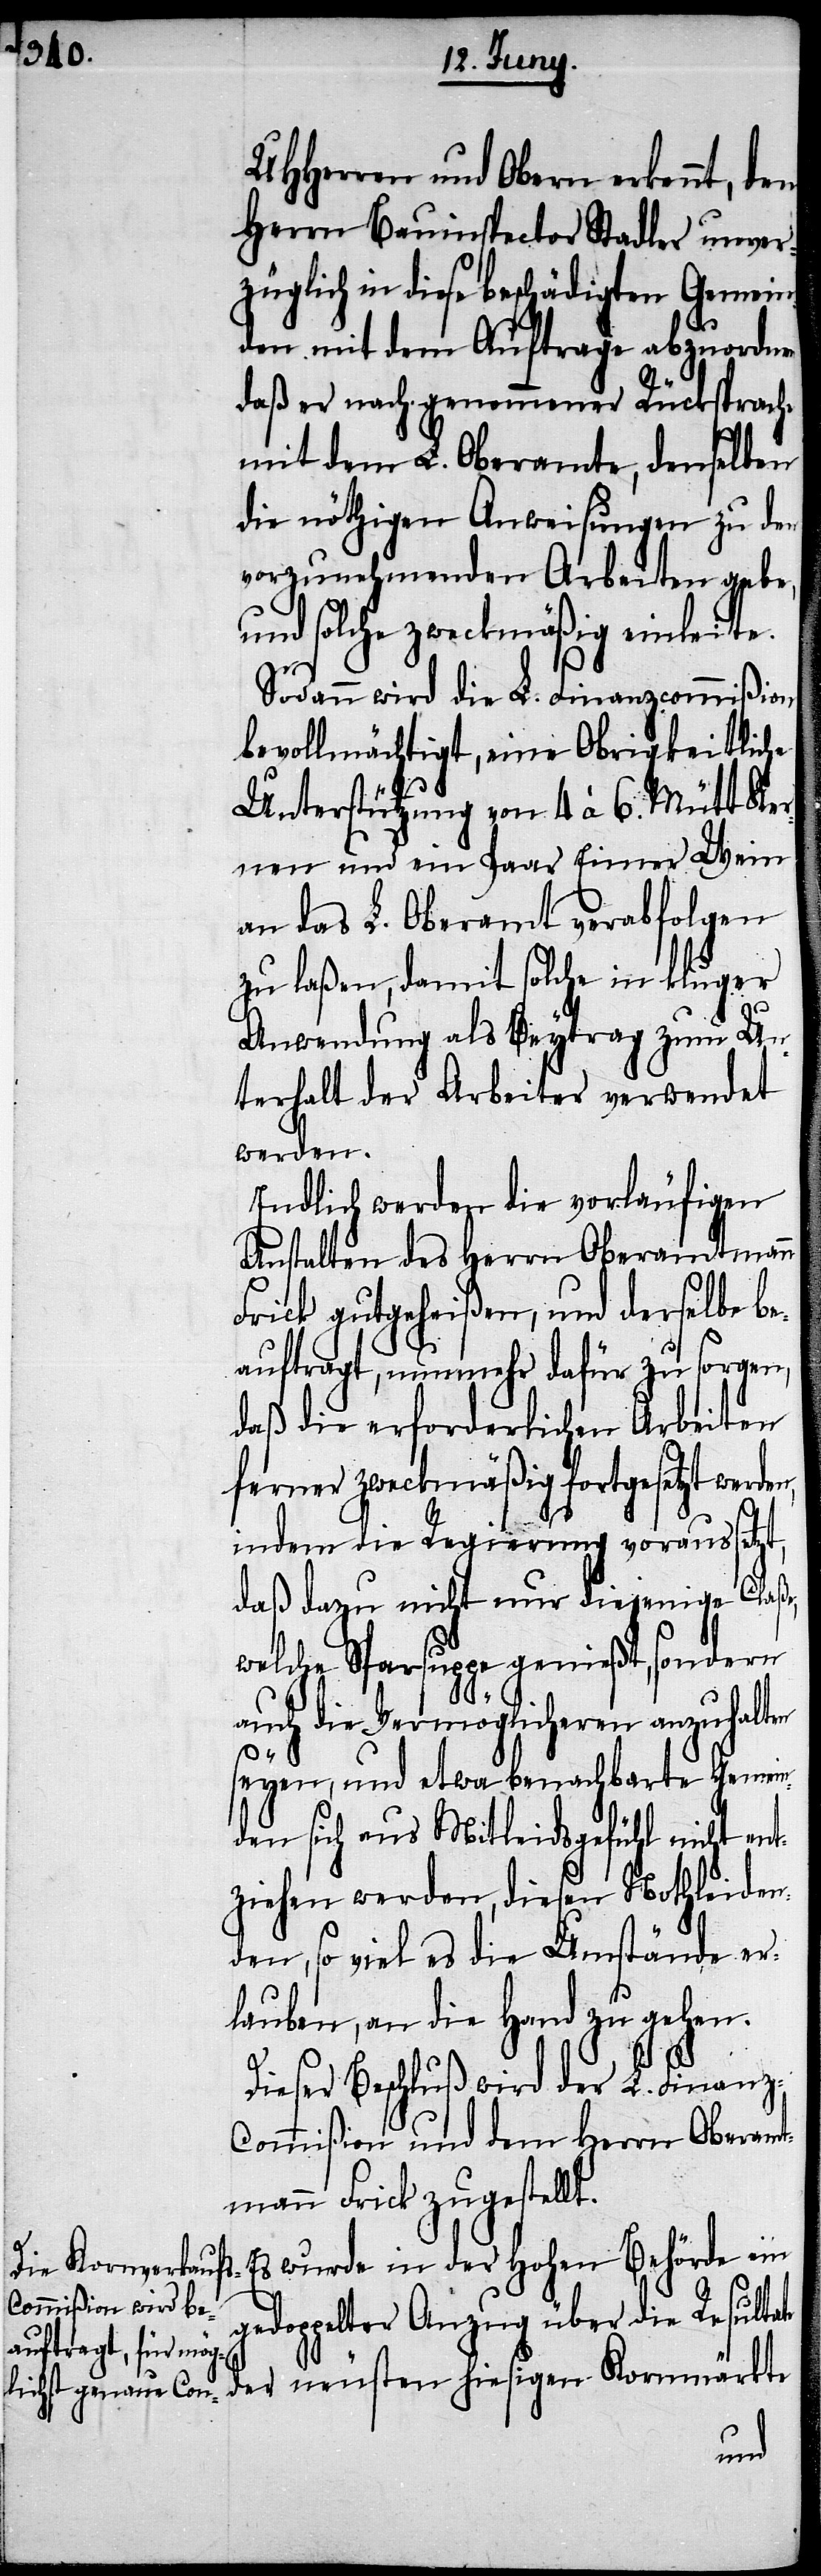
UHHerren und Obern erkennt, den
Herrn Bauinspector Stadler unver¬
züglich in diese beschädigten Gemein¬
den mit dem Auftrage abzuordnen
daß er nach genommener Rücksprache
mit dem L. Oberamte, demselben
die nöthigen Anweisungen zu den
vorzunehmenden Arbeiten gebe,
und solche zweckmäßig einleite.
Sodann wird die L. Finanzcommißion,
bevollmächtigt, eine Obrigkeitliche
Unterstützung von 4. à 6. Mütt Ker¬
nen und ein Paar Eimer Wein
an das L. Oberamt verabfolgen
zu laßen, damit solche in kluger
te
Anwendung als Beytrag zum Un¬
terhalt der Arbeiter verwendet
werden.
Endlich werden die vorläufigen
Anstalten des Herrn Oberamtmann
Frick gutgeheißen, und derselbe be¬
auftragt, nunmehr dafür zu sorgen,
daß die erforderlichen Arbeiten
ferner zweckmäßig fortgesetzt werden,
indem die Regierung voraussetzt,
daß dazu nicht nur diejenige Claße,
welche Sparsuppe genießt, sondern
auch die Vermöglicheren anzuhalten
seyen, und etwa benachbarte Gemein¬
den sich aus Mitleidsgefühl nicht ent¬
ziehen werden, diesen Nothleiden¬
den, so viel es die Umstände er¬
lauben, an die Hand zu gehen.
Dieser Beschluß wird der L. Finan¬
z-Commißion und dem Herrn Oberamt¬
mann Frick zugestellt.
pelter Anzug über die Resulta¬
wurde